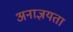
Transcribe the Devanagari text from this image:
अनाज्ञयता